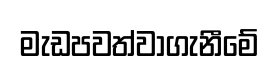
මැඩපවත්වාගැනීමේ